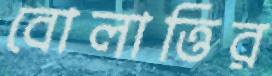
বোলাত্তির